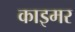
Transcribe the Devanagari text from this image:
काइमर